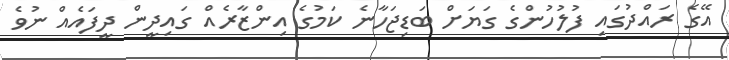
އޭގެ ރައްދުގައި ފުލުހުންގެ ގަޔަށް ބަޑިޖަހާނެ ކަމުގެ އިންޒާރެއް ގައިދީން ދީފައެއް ނުވެ